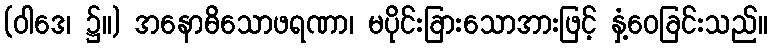
(ဝါဒေ၊ ၌။) အနောဓိသောဖရဏာ၊ မပိုင်းခြားသောအားဖြင့် နှံ့ဝေခြင်းသည်။